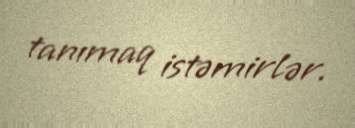
tanımaq istəmirlər.